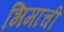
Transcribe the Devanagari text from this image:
भिमाची